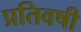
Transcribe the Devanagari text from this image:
प्रतिवषी